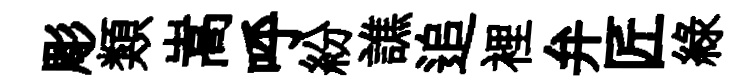
彫類嵩呼紛譙追裡弁匠緑